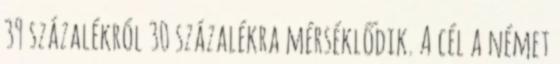
39 százalékról 30 százalékra mérséklődik. A cél a német